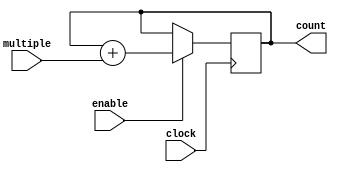
`timescale 1ns / 100ps    // Unit time is 1ns, resolution 100ps
//-----------------------------------------------------------
// Design Name: counter_mult_10
// Function: an 10-bit synchronous counter with enable input and an input to determine what multiple to count in
//-----------------------------------------------------------

module counter_mult_10 (
	clock, // clock input
	enable, // high enable counting
	multiple, // count in these multiples
	count // count value
);

//------- Declare ports -------//

	parameter BIT_SZ = 10;
	input clock;
	input enable;
	input [9:0] multiple;
	output [BIT_SZ-1:0] count;
	
// count needs to be declared as a reg
	reg [BIT_SZ-1:0] count;
	
//----- always initialise storage elements such as D-FF
	initial count = 0;
	
//----- Main body of the module
	
	always @ (posedge clock)
		if (enable == 1'b1)
			count <= count + multiple;
endmodule // end of module